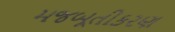
મજબૂતીકરણ